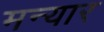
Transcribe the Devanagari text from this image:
मन्यार